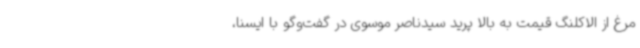
مرغ از الاکلنگ قیمت به بالا پرید سیدناصر موسوی در گفت‌وگو با ایسنا،